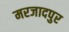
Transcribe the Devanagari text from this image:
मरजादपुर